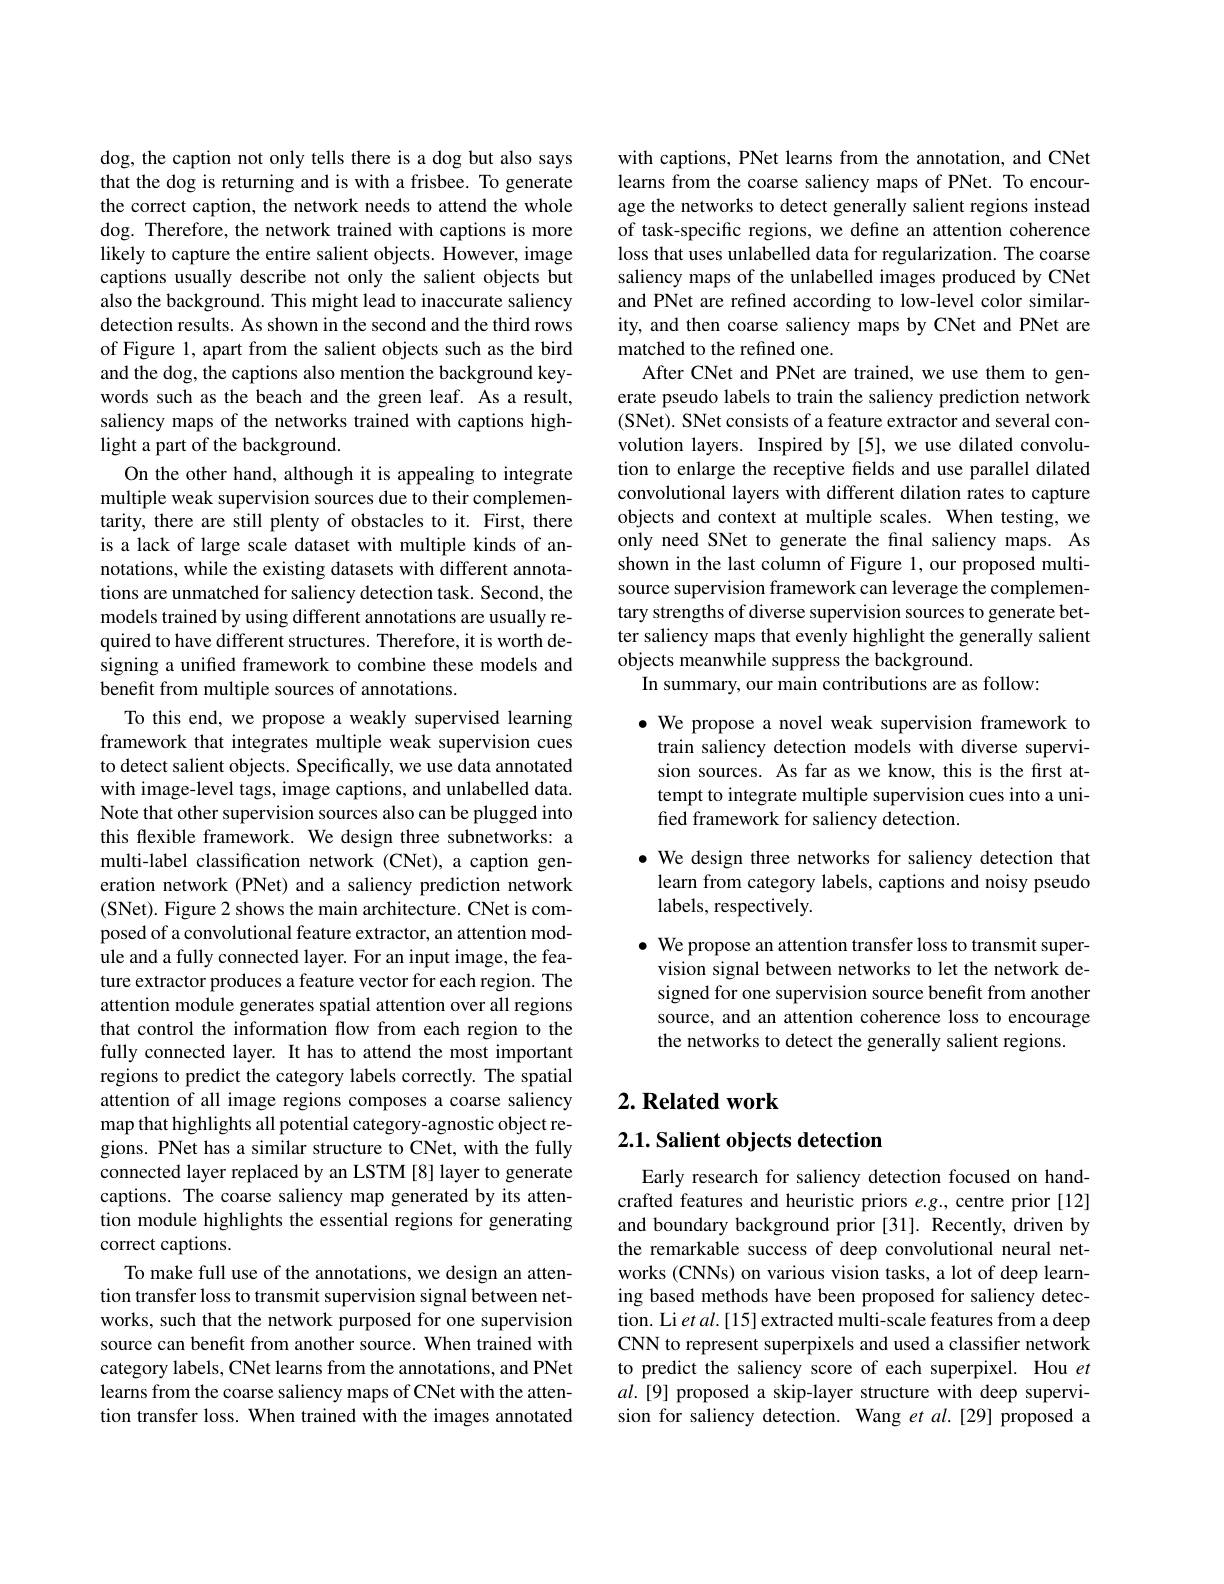
dog, the caption not only tells there is a dog but also says that the dog is returning and is with a frisbee. To generate the correct caption, the network needs to attend the whole dog. Therefore, the network trained with captions is more likely to capture the entire salient objects. However, image captions usually describe not only the salient objects but also the background. This might lead to inaccurate saliency detection results. As shown in the second and the third rows of Figure 1, apart from the salient objects such as the bird and the dog, the captions also mention the background keywords such as the beach and the green leaf. As a result, saliency maps of the networks trained with captions highlight a part of the background.
On the other hand, although it is appealing to integrate multiple weak supervision sources due to their complementarity, there are still plenty of obstacles to it. First, there is a lack of large scale dataset with multiple kinds of annotations, while the existing datasets with different annotations are unmatched for saliency detection task. Second, the models trained by using different annotations are usually required to have different structures. Therefore, it is worth designing a unified framework to combine these models and benefit from multiple sources of annotations.
To this end, we propose a weakly supervised learning framework that integrates multiple weak supervision cues to detect salient objects. Specifically, we use data annotated with image-level tags, image captions, and unlabelled data. Note that other supervision sources also can be plugged into this flexible framework. We design three subnetworks: a multi-label classification network (CNet), a caption generation network (PNet) and a saliency prediction network (SNet). Figure 2 shows the main architecture. CNet is composed of a convolutional feature extractor, an attention module and a fully connected layer. For an input image, the feature extractor produces a feature vector for each region. The attention module generates spatial attention over all regions that control the information flow from each region to the fully connected layer. It has to attend the most important regions to predict the category labels correctly. The spatial attention of all image regions composes a coarse saliency map that highlights all potential category-agnostic object regions. PNet has a similar structure to CNet, with the fully connected layer replaced by an LSTM [8] layer to generate captions. The coarse saliency map generated by its attention module highlights the essential regions for generating correct captions.
To make full use of the annotations, we design an attention transfer loss to transmit supervision signal between networks, such that the network purposed for one supervision source can benefit from another source. When trained with category labels, CNet learns from the annotations, and PNet learns from the coarse saliency maps of CNet with the attention transfer loss. When trained with the images annotated

with captions, PNet learns from the annotation, and CNet learns from the coarse saliency maps of PNet. To encourage the networks to detect generally salient regions instead of task-specific regions, we define an attention coherence loss that uses unlabelled data for regularization. The coarse saliency maps of the unlabelled images produced by CNet and PNet are refined according to low-level color similarity, and then coarse saliency maps by CNet and PNet are matched to the refined one.
After CNet and PNet are trained, we use them to generate pseudo labels to train the saliency prediction network (SNet). SNet consists of a feature extractor and several convolution layers. Inspired by[5], we use dilated convolution to enlarge the receptive fields and use parallel dilated convolutional layers with different dilation rates to capture objects and context at multiple scales. When testing, we only need SNet to generate the final saliency maps. As shown in the last column of Figure 1, our proposed multisource supervision framework can leverage the complementary strengths of diverse supervision sources to generate better saliency maps that evenly highlight the generally salient objects meanwhile suppress the background.
In summary, our main contributions are as follow:

$\bullet$ We propose a novel weak supervision framework to train saliency detection models with diverse supervision sources. As far as we know, this is the first attempt to integrate multiple supervision cues into a unified framework for saliency detection.

$\bullet$ We design three networks for saliency detection that learn from category labels, captions and noisy pseudo labels, respectively.

$\bullet$ We propose an attention transfer loss to transmit super-
vision signal between networks to let the network designed for one supervision source benefit from another source, and an attention coherence loss to encourage the networks to detect the generally salient regions.

## $2. \textbf{Related work}$

## 2.1. Salient objects detection

Early research for saliency detection focused on handcrafted features and heuristic priors $e.g.$, centre prior[12] and boundary background prior [31]. Recently, driven by the remarkable success of deep convolutional neural networks (CNNs) on various vision tasks, a lot of deep learning based methods have been proposed for saliency detection. Li et al.[15] extracted multi-scale features from a deep CNN to represent superpixels and used a classifier network to predict the saliency score of each superpixel. Hou $et$ $al.[9]$ proposed a skip-layer structure with deep supervision for saliency detection. Wang et $al.[29]$ proposed a